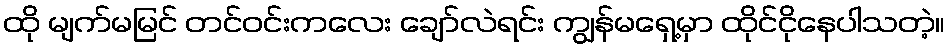
ထို မျက်မမြင် တင်ဝင်းကလေး ချော်လဲရင်း ကျွန်မရှေ့မှာ ထိုင်ငိုနေပါသတဲ့။